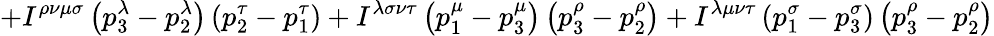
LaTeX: +I^{\rho\nu\mu\sigma}\left(p_{3}^{\lambda}-p_{2}^{\lambda}\right)\left(p_{2}^{\tau}-p_{1}^{\tau}\right)+I^{\lambda\sigma\nu\tau}\left(p_{1}^{\mu}-p_{3}^{\mu}\right)\left(p_{3}^{\rho}-p_{2}^{\rho}\right)+I^{\lambda\mu\nu\tau}\left(p_{1}^{\sigma}-p_{3}^{\sigma}\right)\left(p_{3}^{\rho}-p_{2}^{\rho}\right)